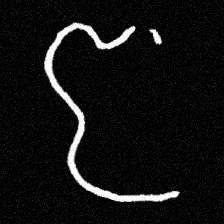
Pyu character \u2014 Myanmar letter: ဇ (romanized: ja)